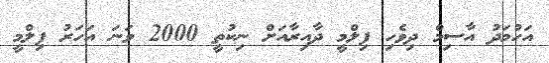
އަހުމަދު އާސިމް ދިވެހި ފިލްމީ ދާއިރާއަށް ނިކުތީ 2000 ވަނަ އަހަރު ފިލްމީ